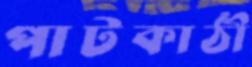
পাটকাঠী